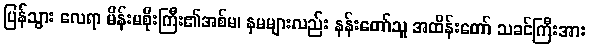
ပြန်သွား လေရာ မိန်းမစိုးကြီး၏အစ်မ၊ နှမများလည်း နန်းတော်သူ အထိန်းတော် သခင်ကြီးအား